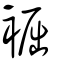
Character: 䘿